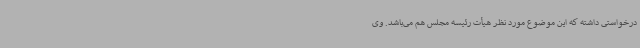
درخواستی داشته که این موضوع مورد نظر هیأت رئیسه مجلس هم می‌باشد. وی